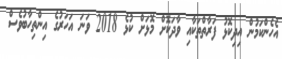
އެހެންކަމުން އިދިކޮޅު ފަރާތްތަކާއި ވާދަކޮށް މޮޅަށް ކުޅެ 2018 ވަނަ އަހަރުގެ އިންތިހާބުވެސް